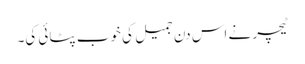
ٹیچر نے اس دن جمیل کی خوب پٹائی کی۔